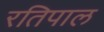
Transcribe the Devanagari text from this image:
रतिपाल